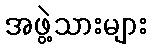
အဖွဲ့သားများ